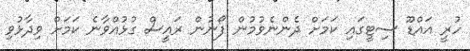
ހުރީ އައްޑޫ ސިޓީގައި ކަމަށް ދެންނެވުމުން ފޯނުން ރައީސް ގުޅުއްވާނެ ކަމަށް ވިދާޅުވި